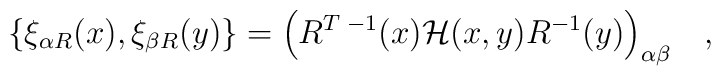
\{\xi_{\alpha R}(x),\xi_{\beta R} (y)\} =\Bigl( R^{T\;-1}(x){\cal H}(x,y)R^{-1}(y)\Bigr)_{\alpha \beta}\quad,